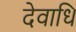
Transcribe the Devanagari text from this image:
देवाधि